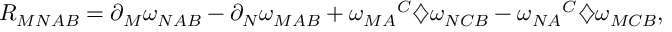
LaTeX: R _ { M N A B } = \partial _ { M } \omega _ { N A B } - \partial _ { N } \omega _ { M A B } + { \omega _ { M A } } ^ { C } \diamondsuit \omega _ { N C B } - { \omega _ { N A } } ^ { C } \diamondsuit \omega _ { M C B } ,